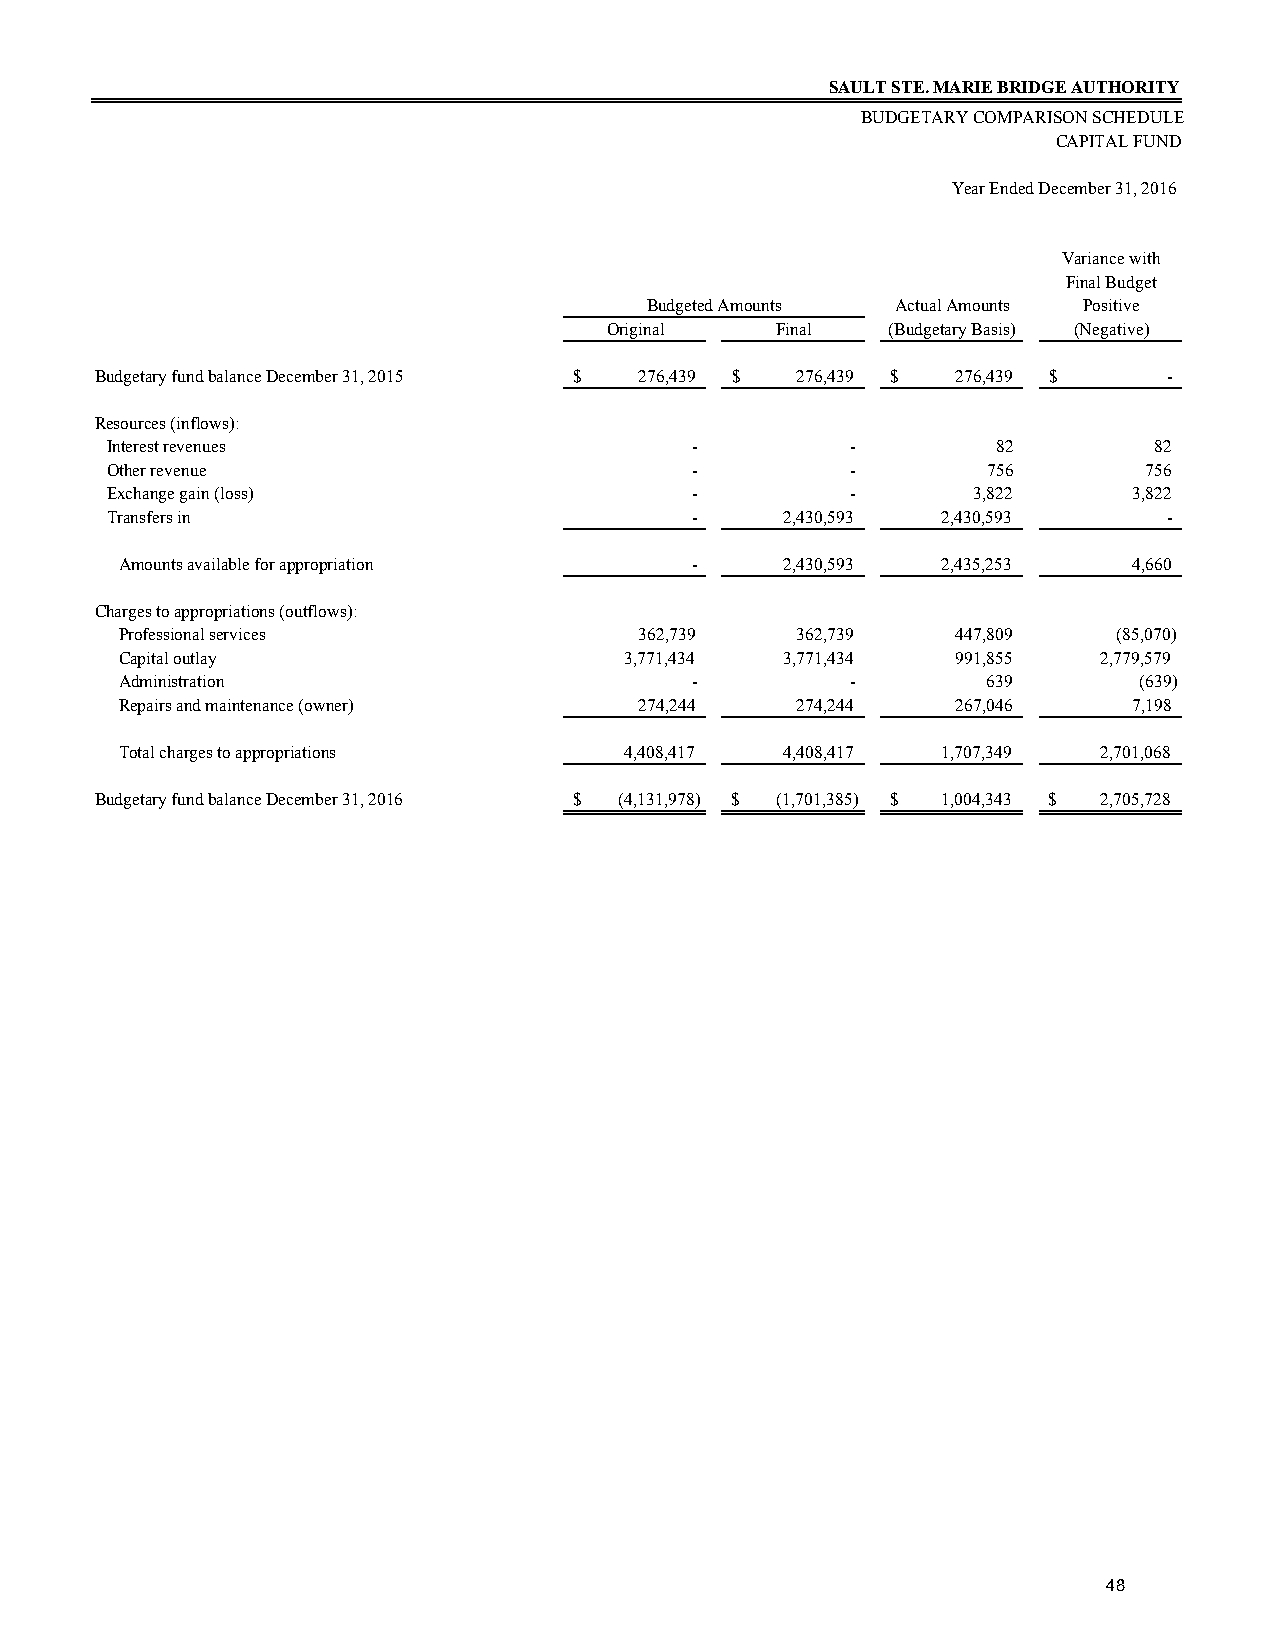
SAULT STE. MARIE BRIDGE AUTHORITY
 BUDGETARY COMPARISON SCHEDULE
 CAPITAL FUND
 Year Ended December 31, 2016
 Variance with
 Final Budget
 Budgeted Amounts Actual Amounts Positive
 Original   Final   (Budgetary Basis) (Negative)
 Budgetary fund balance December 31, 2015 $ 276,439 $ 276,439 $ 276,439 $ -
 Resources (inflows):
 Interest revenues                      -         -         82        82
 Other revenue                          -         -        756        756
 Exchange gain (loss)                   -         -       3,822      3,822
 Transfers in                           -     2,430,593 2,430,593      -
 Amounts available for appropriation   -     2,430,593 2,435,253    4,660
 Charges to appropriations (outflows):
 Professional services             362,739    362,739   447,809    (85,070)
 Capital outlay                   3,771,434  3,771,434  991,855   2,779,579
 Administration                        -         -        639       (639)
 Repairs and maintenance (owner)   274,244    274,244   267,046     7,198
 Total charges to appropriations  4,408,417  4,408,417 1,707,349  2,701,068
 Budgetary fund balance December 31, 2016 $ (4,131,978) $ (1,701,385) $ 1,004,343 $ 2,705,728
 48